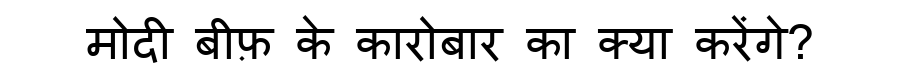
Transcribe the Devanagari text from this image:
मोदी बीफ़ के कारोबार का क्या करेंगे?